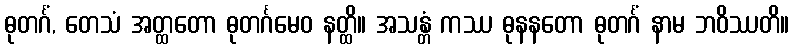
ဓုတင်္ဂံ, တေသံ အတ္ထတော ဓုတင်္ဂမေဝ နတ္ထိ။ အသန္တံ ကဿ ဓုနနတော ဓုတင်္ဂံ နာမ ဘဝိဿတိ။